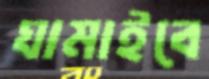
ঘামাইবে